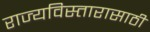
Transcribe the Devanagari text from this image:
राज्यविस्तारासाठी